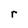
Character: r